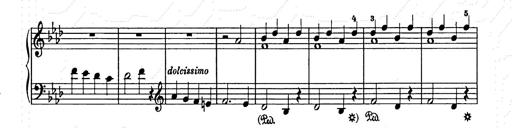
Title: Weihnachtsbaum
Composer: Franz Liszt